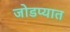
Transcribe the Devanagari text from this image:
जोडप्यात